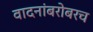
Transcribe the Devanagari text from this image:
वादनांबरोबरच